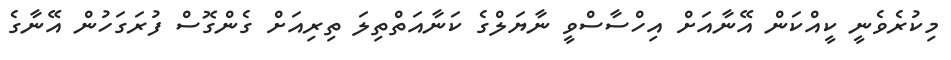
މިކުރެވެނީ ކީއްކަން އޭނާއަށް އިހްސާސްވީ ނާޔަލްގެ ކަނާއަތްތިލަ ތިރިއަށް ގެންގޮސް ފުރަގަހުން އޭނާގެ